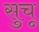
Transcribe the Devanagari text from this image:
सुचू